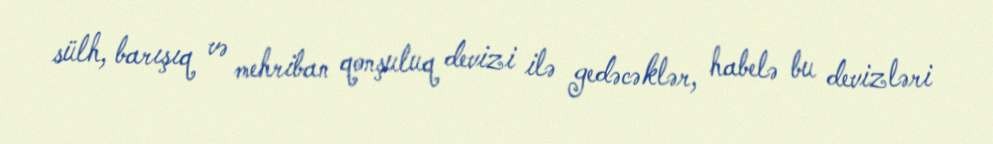
sülh, barışıq və mehriban qonşuluq devizi ilə gedəcəklər, habelə bu devizləri